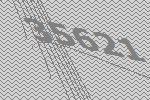
35621